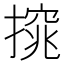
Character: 𢳙